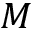
{ \cal M }